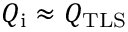
Q _ { \mathrm { i } } \approx Q _ { \mathrm { T L S } }